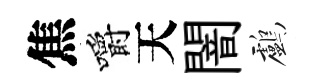
焦嚼天闇鸕